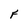
Character: F